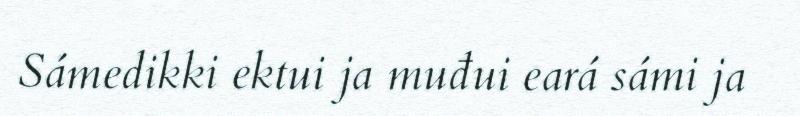
Sámedikki ektui ja muđui eará sámi ja